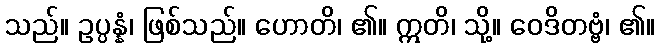
သည်။ ဥပ္ပန္နံ၊ ဖြစ်သည်။ ဟောတိ၊ ၏။ ဣတိ၊ သို့။ ဝေဒိတဗ္ဗံ၊ ၏။